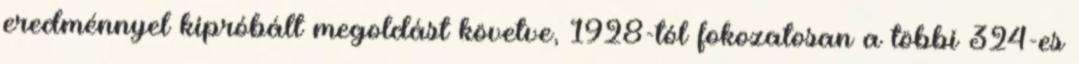
eredménnyel kipróbált megoldást követve, 1928-tól fokozatosan a többi 324-es